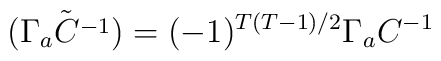
{\tilde {(\Gamma_a C^{-1})}} = (-1)^{T(T-1)/2}\Gamma_a C^{-1}